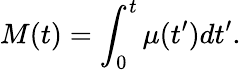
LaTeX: M(t)=\int_{0}^{t}\mu(t^{\prime})dt^{\prime}.